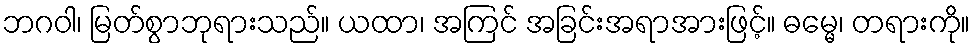
ဘဂဝါ၊ မြတ်စွာဘုရားသည်။ ယထာ၊ အကြင် အခြင်းအရာအားဖြင့်။ ဓမ္မေ၊ တရားကို။